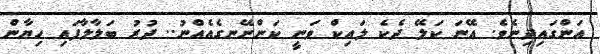
އަންގައިދިނެވެ. އޭނަ ކަލޭ ދެކެ ލައިކް ވަނީ ކަންނޭނގެއެއްނު.. ދުރު ބަލާލާފައި ހިޔާން